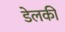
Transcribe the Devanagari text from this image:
डेलकी